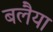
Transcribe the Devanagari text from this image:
बलैया